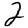
Digit: 2